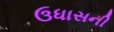
ઉધાસની